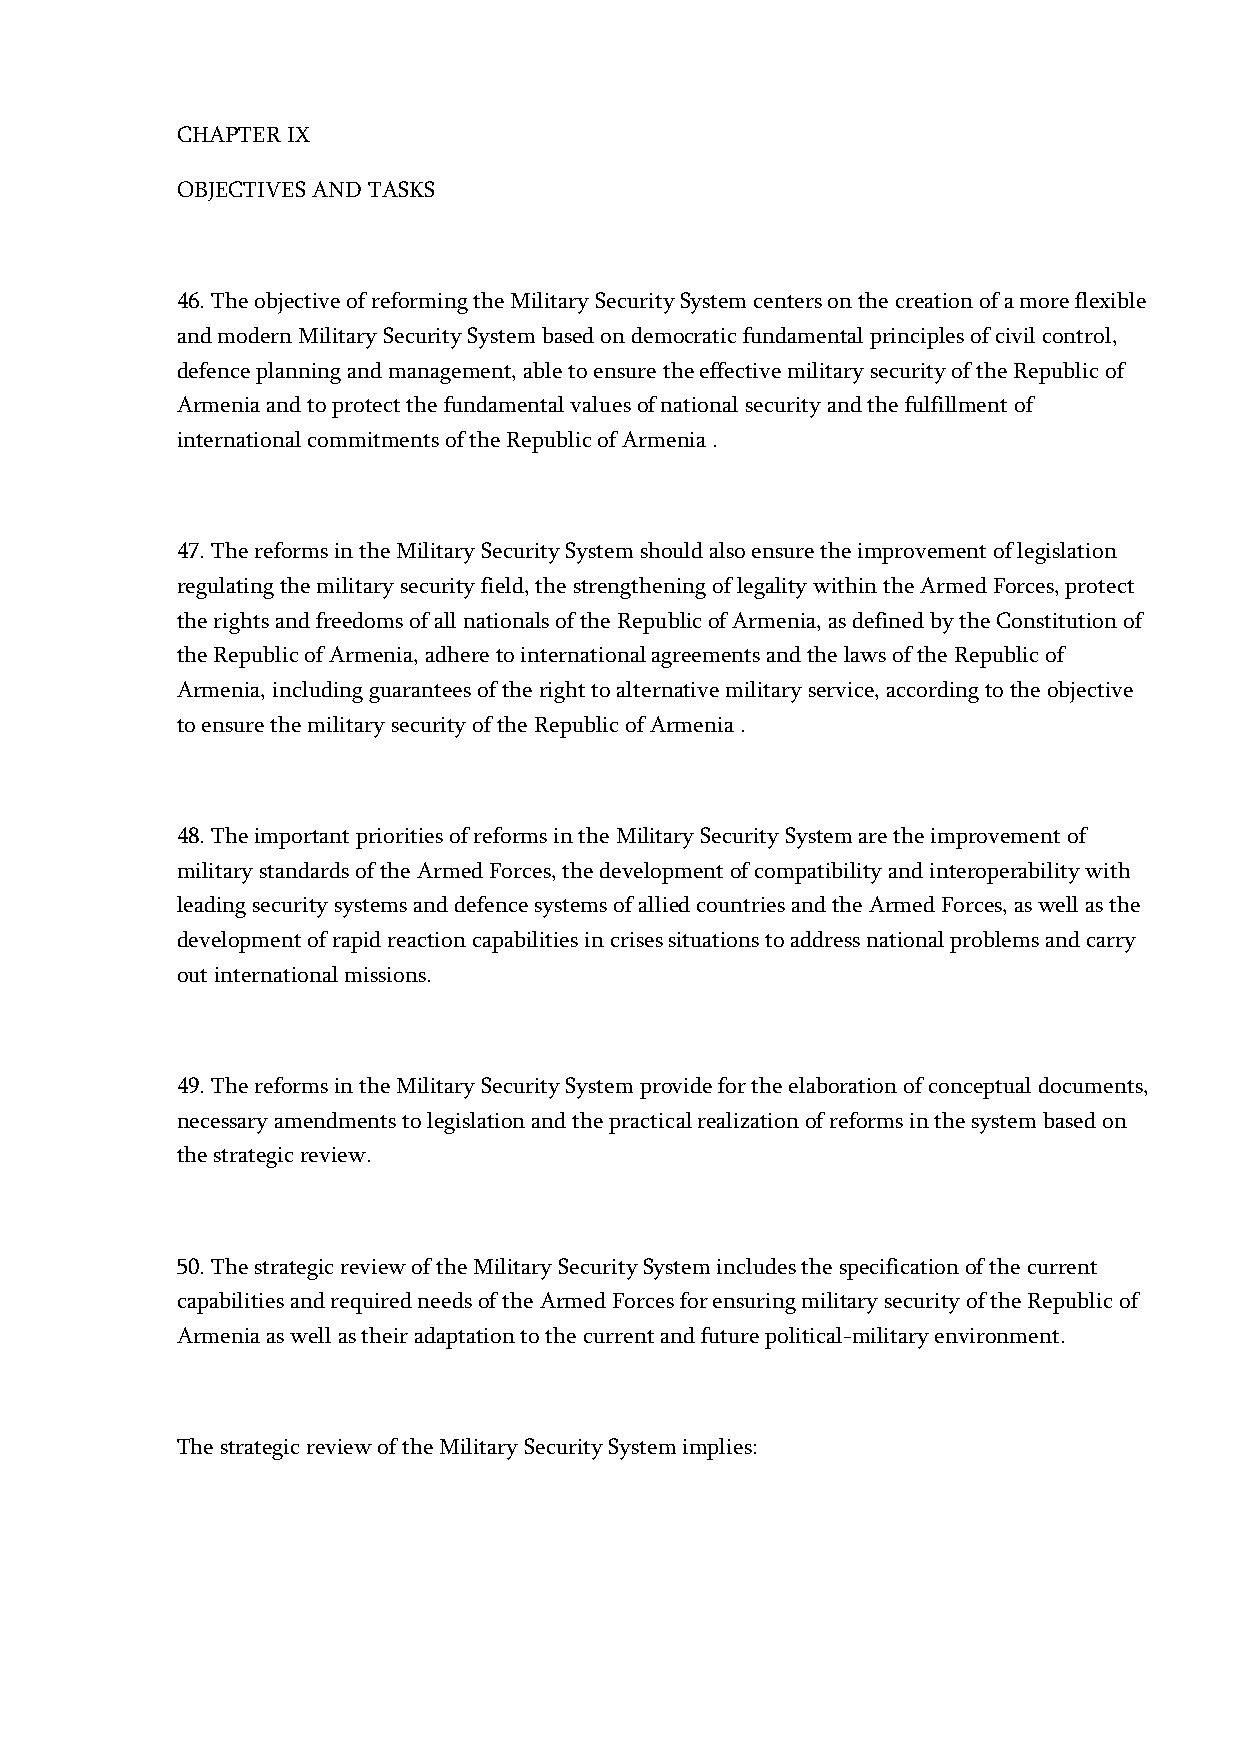
CHAPTER IX
 OBJECTIVES AND TASKS
 46. The objective of reforming the Military Security System centers on the creation of a more flexible
 and modern Military Security System based on democratic fundamental principles of civil control,
 defence planning and management, able to ensure the effective military security of the Republic of
 Armenia and to protect the fundamental values of national security and the fulfillment of
 international commitments of the Republic of Armenia .
 47. The reforms in the Military Security System should also ensure the improvement of legislation
 regulating the military security field, the strengthening of legality within the Armed Forces, protect
 the rights and freedoms of all nationals of the Republic of Armenia, as defined by the Constitution of
 the Republic of Armenia, adhere to international agreements and the laws of the Republic of
 Armenia, including guarantees of the right to alternative military service, according to the objective
 to ensure the military security of the Republic of Armenia .
 48. The important priorities of reforms in the Military Security System are the improvement of
 military standards of the Armed Forces, the development of compatibility and interoperability with
 leading security systems and defence systems of allied countries and the Armed Forces, as well as the
 development of rapid reaction capabilities in crises situations to address national problems and carry
 out international missions.
 49. The reforms in the Military Security System provide for the elaboration of conceptual documents,
 necessary amendments to legislation and the practical realization of reforms in the system based on
 the strategic review.
 50. The strategic review of the Military Security System includes the specification of the current
 capabilities and required needs of the Armed Forces for ensuring military security of the Republic of
 Armenia as well as their adaptation to the current and future political-military environment.
 The strategic review of the Military Security System implies: